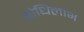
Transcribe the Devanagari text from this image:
बोधिलाभ